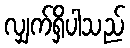
လျှက်ရှိပါသည်